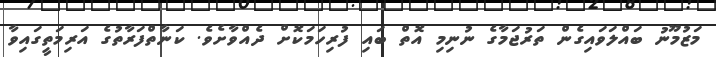
މަޒުމޫނު ބައްލަވައިގެން ތަރުޖަމާގެ ނުނިމި އޮތް ބައި ފުރިހަމަކޮށް ދެއްވާށެވެ. ކަނާތްފަރާތުގެ އަރިމަތީގައިވާ